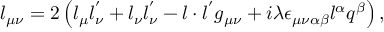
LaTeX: l _ { \mu \nu } = 2 \left( l _ { \mu } l _ { \nu } ^ { ' } + l _ { \nu } l _ { \nu } ^ { ' } - l \cdot { l ^ { ' } } g _ { \mu \nu } + i \lambda \epsilon _ { \mu \nu \alpha \beta } l ^ { \alpha } q ^ { \beta } \right) ,